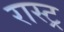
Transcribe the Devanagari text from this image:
रास्ट्र